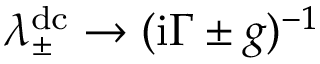
\lambda _ { \pm } ^ { \mathrm { d c } } \rightarrow ( \mathrm { i } \Gamma \pm g ) ^ { - 1 }